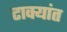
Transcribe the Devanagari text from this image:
टाक्यांत